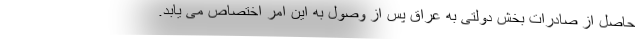
حاصل از صادرات بخش دولتی به عراق پس از وصول به این امر اختصاص می یابد.